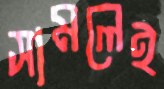
সামলেই